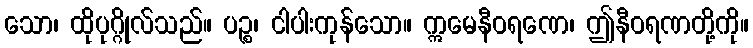
သော၊ ထိုပုဂ္ဂိုလ်သည်။ ပဉ္စ၊ ငါပါးကုန်သော။ ဣမေနီဝရဏေ၊ ဤနီဝရဏတို့ကို။